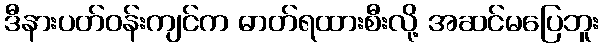
ဒီနားပတ်ဝန်းကျင်က ဓာတ်ရထားစီးလို့ အဆင်မပြေဘူး